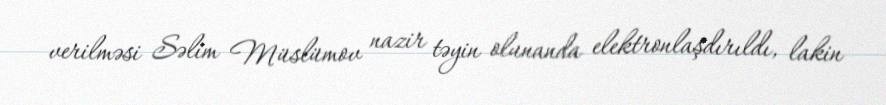
verilməsi Səlim Müslümov nazir təyin olunanda elektronlaşdırıldı, lakin